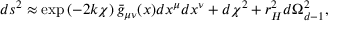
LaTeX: d s ^ { 2 } \approx \exp \left( - 2 k \chi \right) \bar { g } _ { \mu \nu } ( x ) d x ^ { \mu } d x ^ { \nu } + d \chi ^ { 2 } + r _ { H } ^ { 2 } d \Omega _ { d - 1 } ^ { 2 } ,